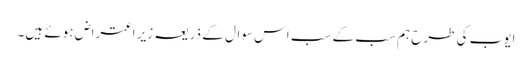
ایوب کی طرح ہم سب کے سب اس سوال کے ذریعہ زیر اعتراض ہوئے ہیں۔